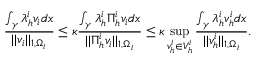
\frac { \int _ { \gamma } \lambda _ { h } ^ { i } v _ { i } d x } { | | v _ { i } | | _ { 1 , \Omega _ { i } } } \leq \kappa \frac { \int _ { \gamma } \lambda _ { h } ^ { i } \Pi _ { h } ^ { i } v _ { i } d x } { | | \Pi _ { h } ^ { i } v _ { i } | | _ { 1 , \Omega _ { i } } } \leq \kappa \operatorname* { s u p } _ { v _ { h } ^ { i } \in V _ { h } ^ { i } } \frac { \int _ { \gamma } \lambda _ { h } ^ { i } v _ { h } ^ { i } d x } { | | v _ { h } ^ { i } | | _ { 1 , \Omega _ { i } } } .